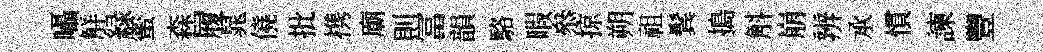
囁觧緑蜜森履晁僥批携廟則冨韻駱暇叅掠朔祖鬂搗斛崩辨𠄘慣諫豐